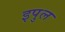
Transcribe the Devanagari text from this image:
इपुल